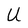
Character: U